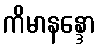
ကိမာနန္ဒော